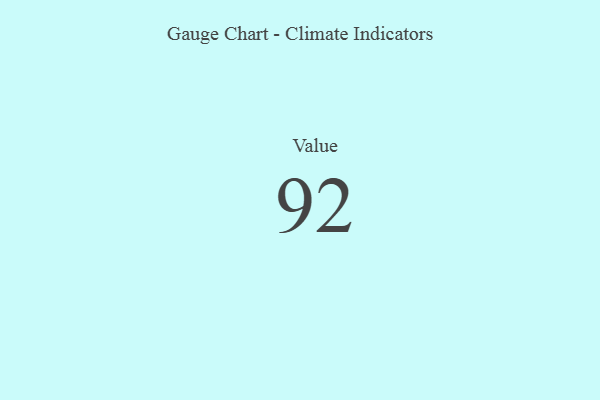
{"axis": {"x": "Metric", "y": "Value"}, "legend": [""], "data": [{"x": "Value", "y": 92, "type": ""}]}